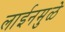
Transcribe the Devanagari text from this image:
लाईनमुळे